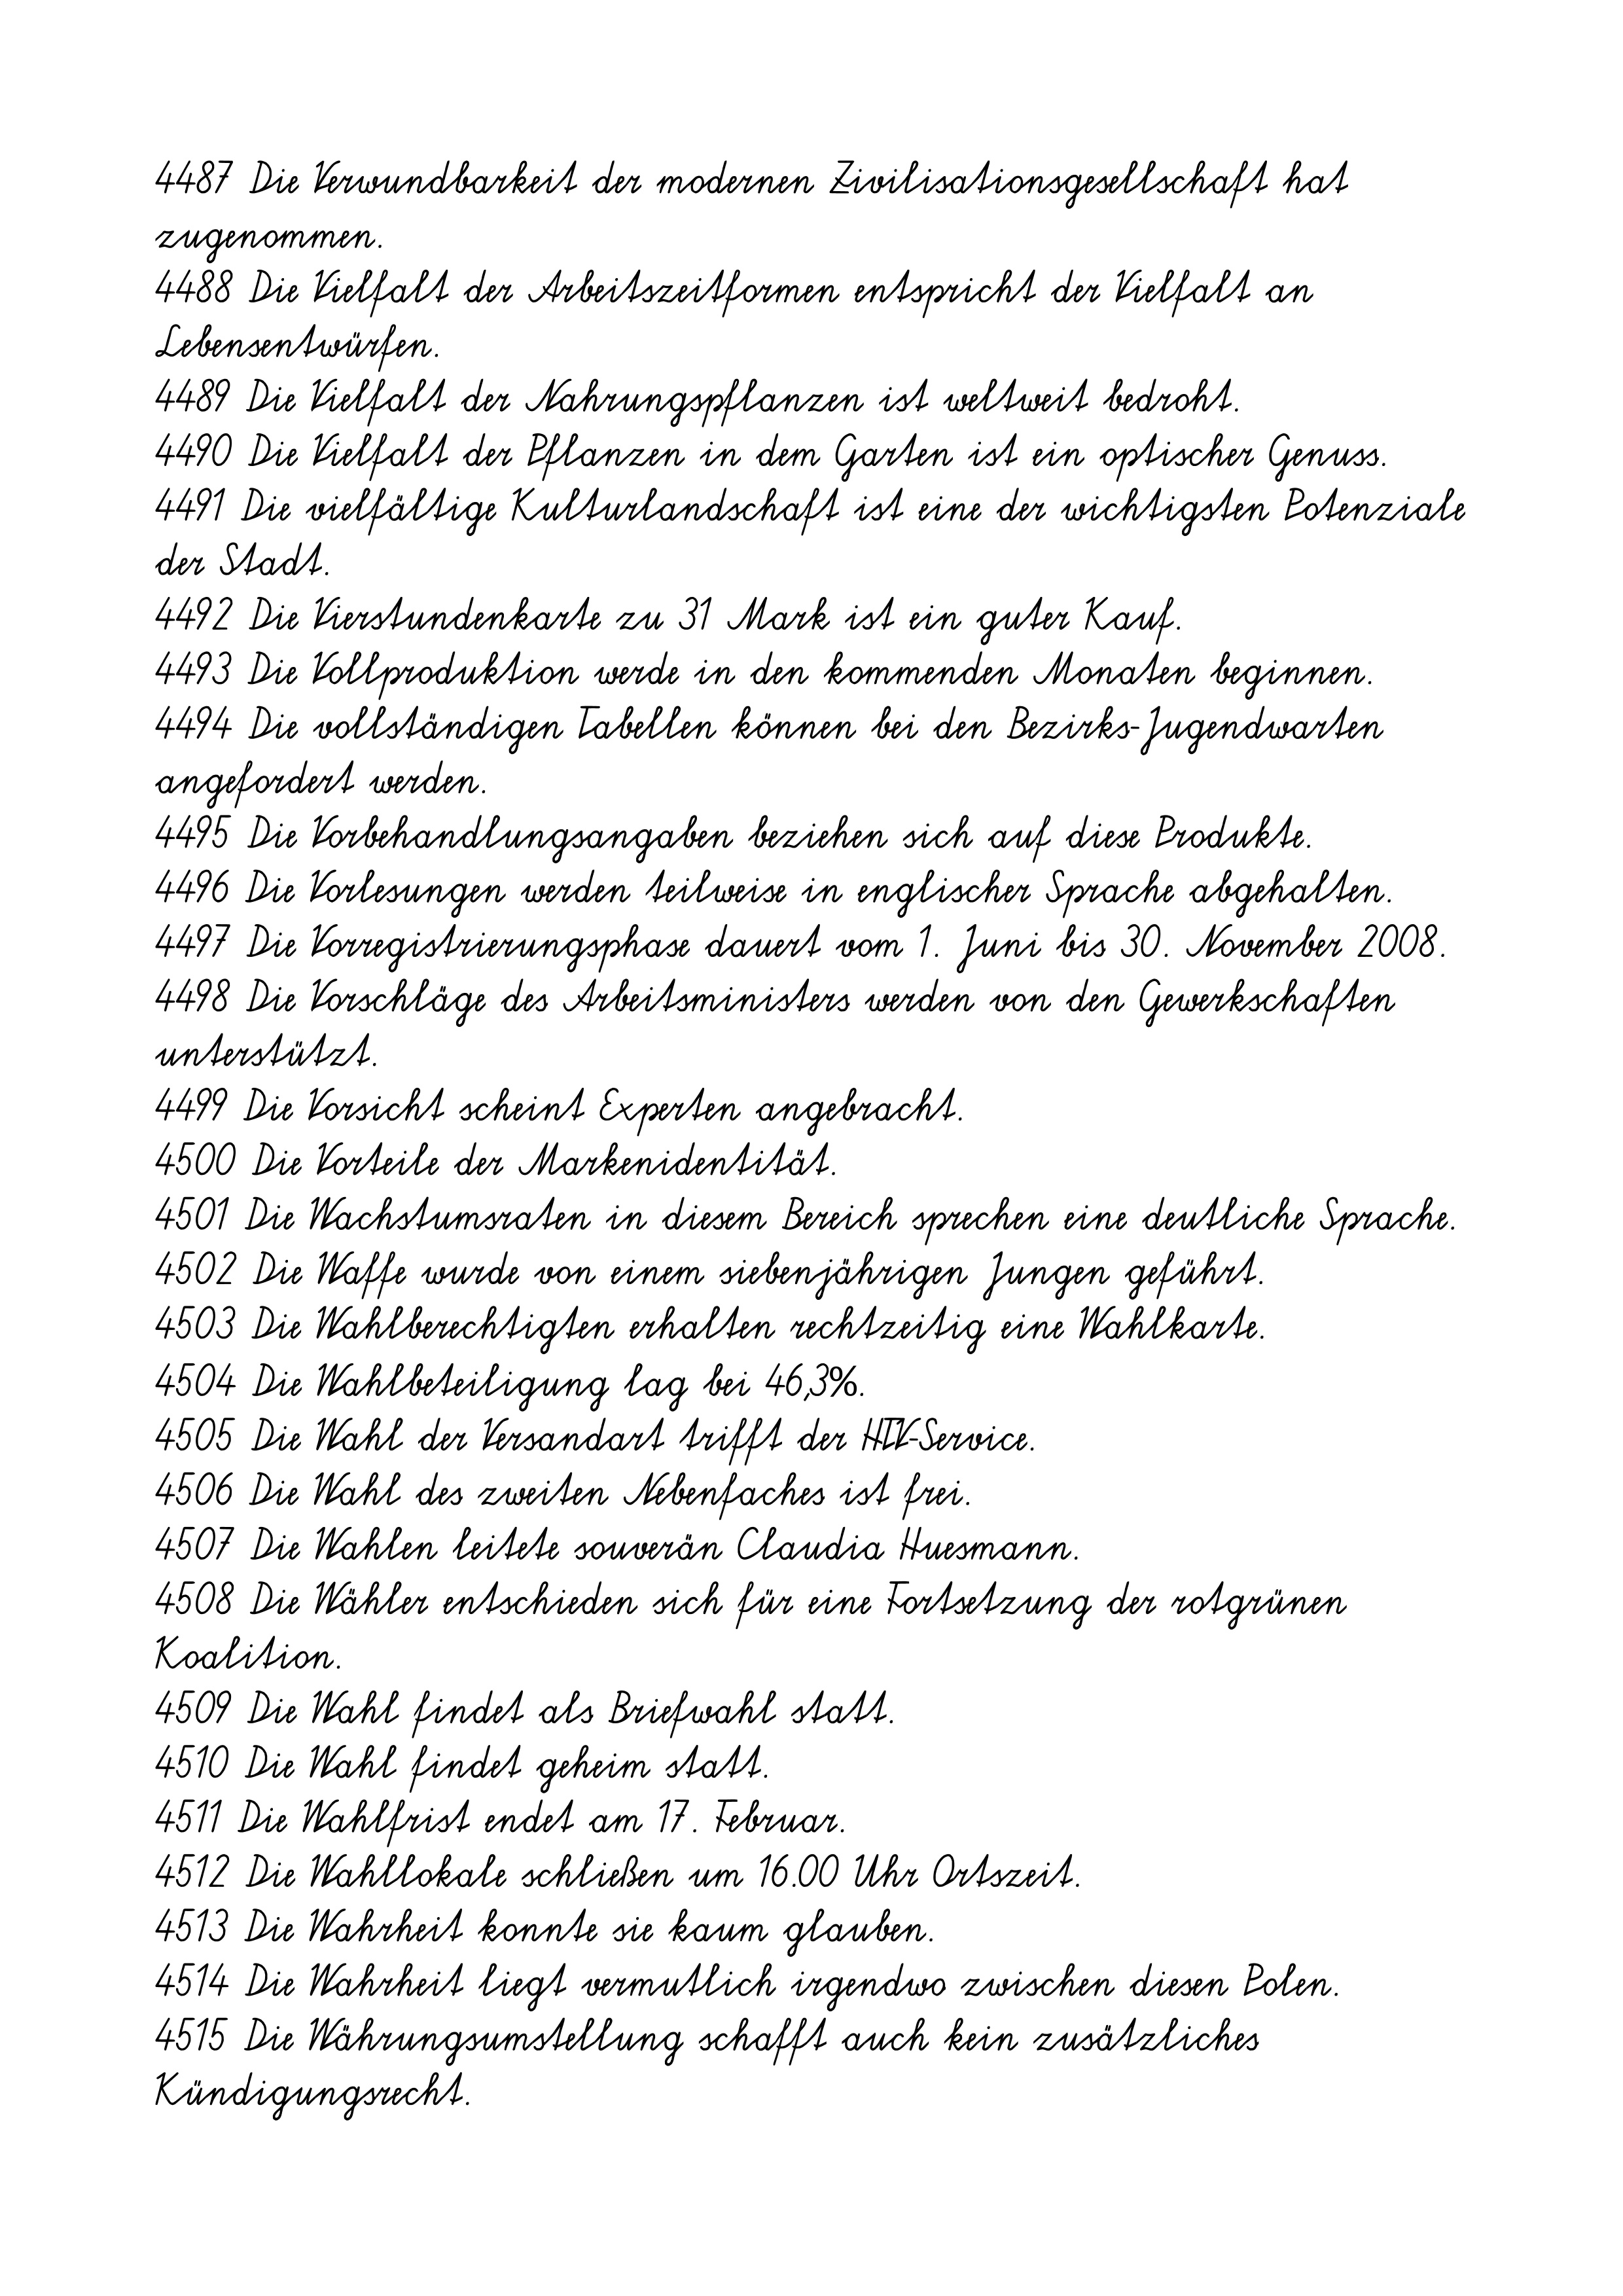
4487 Die Verwundbarkeit der modernen Zivilisationsgesellschaft hat
zugenommen.
4488 Die Vielfalt der Arbeitszeitformen entspricht der Vielfalt an
Lebensentwürfen.
4489 Die Vielfalt der Nahrungspflanzen ist weltweit bedroht.
4490 Die Vielfalt der Pflanzen in dem Garten ist ein optischer Genuss.
4491 Die vielfältige Kulturlandschaft ist eine der wichtigsten Potenziale
der Stadt.
4492 Die Vierstundenkarte zu 31 Mark ist ein guter Kauf.
4493 Die Vollproduktion werde in den kommenden Monaten beginnen.
4494 Die vollständigen Tabellen können bei den Bezirks-Jugendwarten
angefordert werden.
4495 Die Vorbehandlungsangaben beziehen sich auf diese Produkte.
4496 Die Vorlesungen werden teilweise in englischer Sprache abgehalten.
4497 Die Vorregistrierungsphase dauert vom 1. Juni bis 30. November 2008.
4498 Die Vorschläge des Arbeitsministers werden von den Gewerkschaften
unterstützt.
4499 Die Vorsicht scheint Experten angebracht.
4500 Die Vorteile der Markenidentität.
4501 Die Wachstumsraten in diesem Bereich sprechen eine deutliche Sprache.
4502 Die Waffe wurde von einem siebenjährigen Jungen geführt.
4503 Die Wahlberechtigten erhalten rechtzeitig eine Wahlkarte.
4504 Die Wahlbeteiligung lag bei 46,3%.
4505 Die Wahl der Versandart trifft der HTV-Service.
4506 Die Wahl des zweiten Nebenfaches ist frei.
4507 Die Wahlen leitete souverän Claudia Huesmann.
4508 Die Wähler entschieden sich für eine Fortsetzung der rotgrünen
Koalition.
4509 Die Wahl findet als Briefwahl statt.
4510 Die Wahl findet geheim statt.
4511 Die Wahlfrist endet am 17. Februar.
4512 Die Wahllokale schließen um 16.00 Uhr Ortszeit.
4513 Die Wahrheit konnte sie kaum glauben.
4514 Die Wahrheit liegt vermutlich irgendwo zwischen diesen Polen.
4515 Die Währungsumstellung schafft auch kein zusätzliches
Kündigungsrecht.